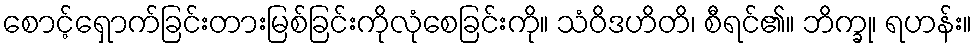
စောင့်ရှောက်ခြင်းတားမြစ်ခြင်းကိုလုံစေခြင်းကို။ သံဝိဒဟိတိ၊ စီရင်၏။ ဘိက္ခု၊ ရဟန်း။